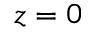
z = 0